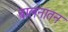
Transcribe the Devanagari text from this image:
बालनातन